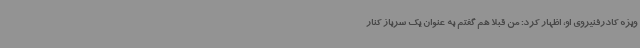
ویژه کادرفنیروی او، اظهار کرد: من قبلا هم گفتم به عنوان یک سرباز کنار